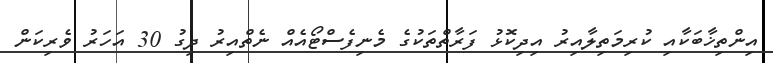
އިންތިޚާބަކާއި ކުރިމަތިލާއިރު އިދިކޮޅު ފަރާތްތަކުގެ މެނިފެސްޓޯއެއް ނެތްއިރު ދިގު 30 އަހަރު ވެރިކަން